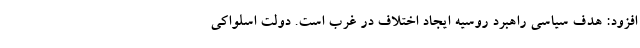
افزود: هدف سیاسی راهبرد روسیه ایجاد اختلاف در غرب است. دولت اسلواکی